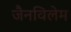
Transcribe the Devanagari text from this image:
जैनविलेम